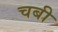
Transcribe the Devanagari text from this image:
चबी